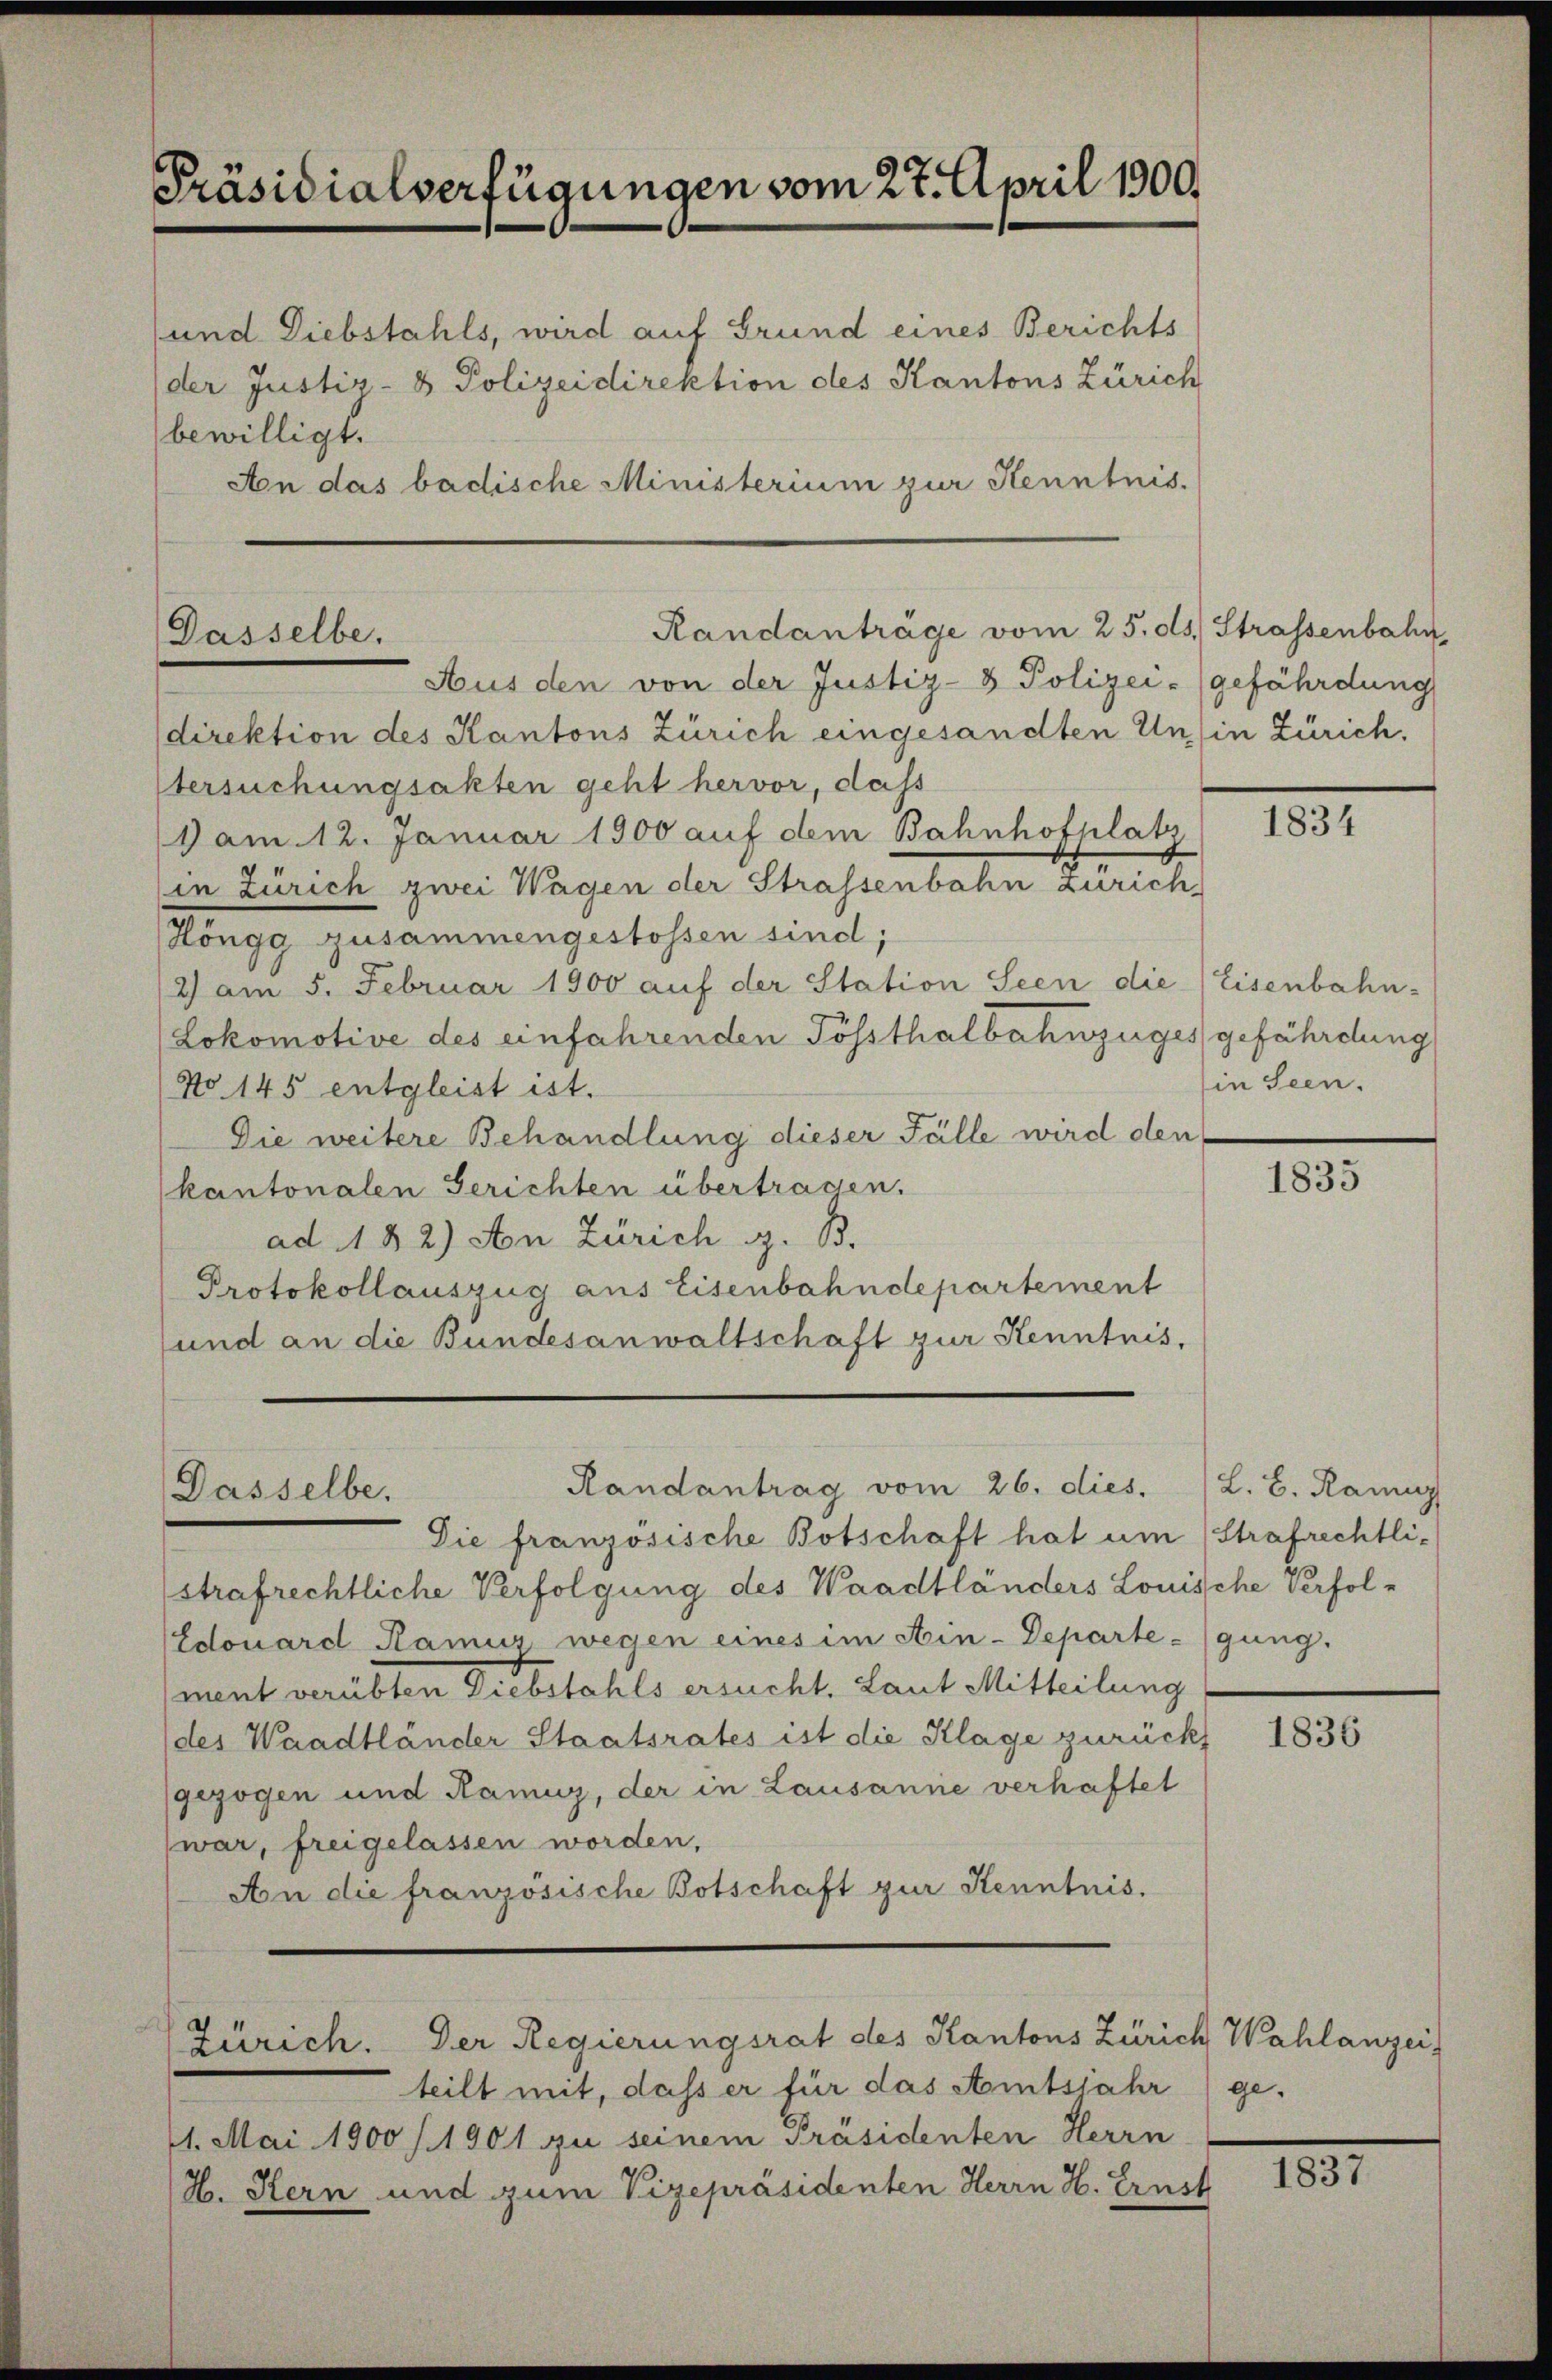
Präsidialverfügungen vom 27. April 1900.

und Diebstahls, wird auf Grund eines Berichts
der Justiz- & Polizeidirektion des Kantons Zürich
bewilligt.
An das badische Ministerium zur Kenntnis.

Dasselbe,

Randantrag vom 26. dies. 1 L. B. Kainz
Dasselbe.

Randanträge vom 25. ds. Strassenbahn,

Aus den von der Justiz- & Polizei- (gefährdung
direktion des Kantons Zürich eingesandten Unsin Zürich,
tersuchungsakten geht hervor, dass
1 am 12. Januar 1900 auf dem Bahnhofplats
in Zürich zwei Wagen der Strassenbahn zurich
Höngg zusammengestossen sind;
2) am 5. Februar 1900 auf der Station Seen die Eisenbahn-
Lokomotive des einfahrenden Tößsthalbahnzuges gefährdung
No 145 entgleist ist.
Die weitere Behandlung dieser Fälle wird den
kantonalen Gerichten übertragen.
ad 1182) An Zürich z. B.
Protokollauszug aus Eisenbahndepartement
und an die Bundesanwaltschaft zur Kenntnis,

Zürich. Der Regierungsrat des Kantons Zürich Wahlanzei

Die französische Botschaft hat um (Strafrechtlistrafrechtliche Verfolgung des Waadtländers Louische Verfol¬
Edouard Ramiz wegen eines im Ain-Departe-gung.
ment verübten Diebstahls ersucht, Laut Mitteilung
des Waadtländer Staatsrates ist die Klage zurückt
gezogen und Ramuz, der in Lausanne verhaftet
war, freigelassen worden,
An die französische Botschaft zur Kenntnis.

teilt mit, dass er für das Amtsjahr) ge-
11. Mai 1900/1901 zu seinem Präsidenten Herrn
H. Kern und zum Vizepräsidenten Herrn H. Ernst

1834

in Seen.

1835

1836

1831.